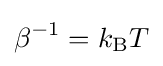
\beta ^{-1}=k_{\rm {B}}T